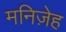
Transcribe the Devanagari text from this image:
मनिज़ेह